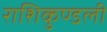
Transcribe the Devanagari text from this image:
राशिकुण्डली